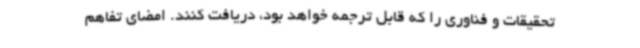
تحقیقات و فناوری را که قابل ترجمه خواهد بود، دریافت کنند. امضای تفاهم